Vaccination in Bombay 1869-1873 - 1869-1873
Year: 1869
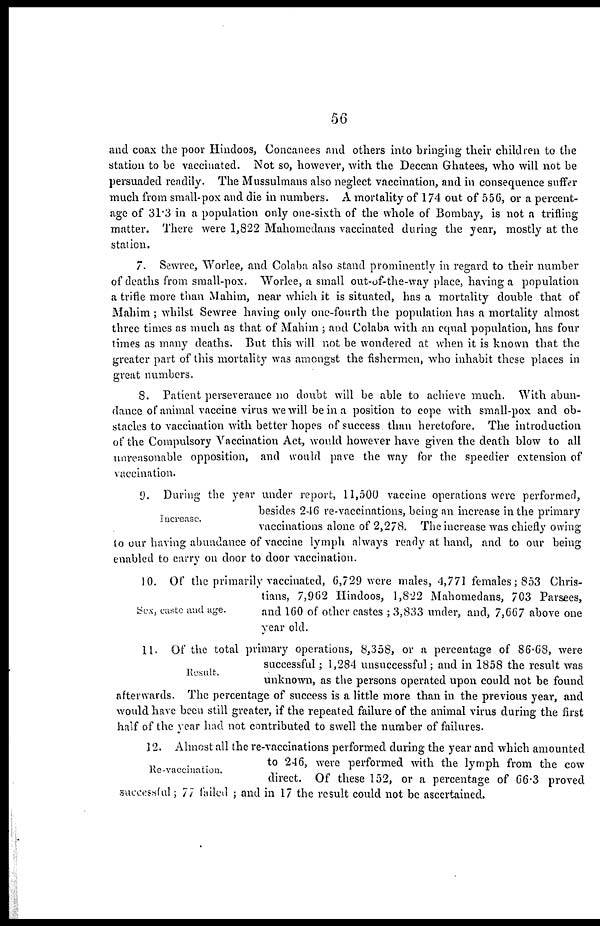
56
and coax the poor Hindoos, Concanees and others into bringing their children to the
station to be vaccinated. Not so, however, with the Deccan Ghatees, who will not be
persuaded readily. The Mussulmans also neglect vaccination, and in consequence suffer
much from small-pox and die in numbers. A mortality of 174 out of 556, or a percent-
age of 31.3 in a population only one-sixth of the whole of Bombay, is not a trifling
matter. There were 1,822 Mahomedans vaccinated during the year, mostly at the
station.
7. Sewree, Worlee, and Colaba also stand prominently in regard to their number
of deaths from small-pox. Worlee, a small out-of-the-way place, having a population
a trifle more than Mahim, near which it is situated, has a mortality double that of
Mahim ; whilst Sewree having only one-fourth the population has a mortality almost
three times as much as that of Mahim ; and Colaba with an equal population, has four
times as many deaths. But this will not be wondered at when it is known that the
greater part of this mortality was amongst the fishermen, who inhabit these places in
great numbers.
8. Patient perseverance no doubt will be able to achieve much. With abun-
dance of animal vaccine virus we will be in a position to cope with small-pox and ob-
stacles to vaccination with better hopes of success than heretofore. The introduction
of the Compulsory Vaccination Act, would however have given the death blow to all
unreasonable opposition, and would pave the way for the speedier extension of
vaccination.
Increase.
9. During the year under report, 11,500 vaccine operations were performed,
besides 246 re-vaccinations, being an increase in the primary
vaccinations alone of 2,2/8. The increase was chiefly owing
to our having abundance of vaccine lymph always ready at hand, and to our being
enabled to carry on door to door vaccination.
Sex, caste and age.
10. Of the primarily vaccinated, 6,729 were males, 4,771 females; 853 Chris-
tians, 7,962 Hindoos, 1,822 Mahomedans, 703 Parsees,
and 160 of other castes ; 3,833 under, and, 7,667 above one
year old.
Result.
11. Of the total primary operations, 8,358, or a percentage of 86.68, were
successful; 1,284 unsuccessful; and in 1858 the result was
unknown, as the persons operated upon could not be found
afterwards. The percentage of success is a little more than in the previous year, and
would have been still greater, if the repeated failure of the animal virus during the first
half of the year had not contributed to swell the number of failures.
Re-vaccination.
12. Almost all the re-vaccinations performed during the year and which amounted
to 246, were performed with the lymph from the cow
direct. Of these 152, or a percentage of 66.3 proved
successful; 77 failed ; and in 17 the result could not be ascertained.